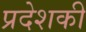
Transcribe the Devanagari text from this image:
प्रदेशकी